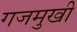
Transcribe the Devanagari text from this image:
गजमुखी